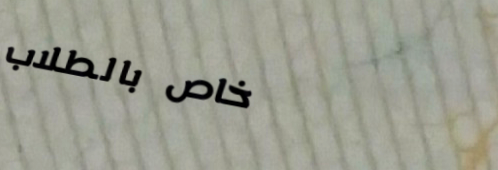
خاص بالطلاب